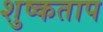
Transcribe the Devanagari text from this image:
शुष्कताप